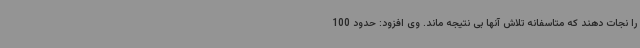
را نجات دهند که متاسفانه تلاش آنها بی نتیجه ماند. وی افزود: حدود 100